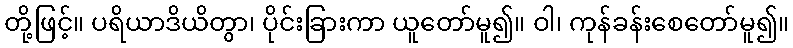
တို့ဖြင့်။ ပရိယာဒိယိတွာ၊ ပိုင်းခြားကာ ယူတော်မူ၍။ ဝါ၊ ကုန်ခန်းစေတော်မူ၍။